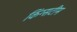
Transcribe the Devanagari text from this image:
किंग्सटीम